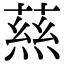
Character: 𭵝